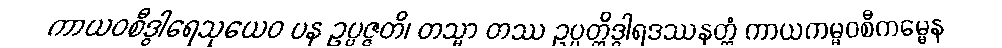
ကာယဝစီဒွါရေသုယေဝ ပန ဥပ္ပဇ္ဇတိ၊ တသ္မာ တဿ ဥပ္ပတ္တိဒွါရဒဿနတ္ထံ ကာယကမ္မဝစီကမ္မေန